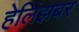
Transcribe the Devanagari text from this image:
हेलिंझबर